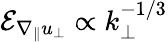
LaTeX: \mathcal{E}_{\nabla_{\| }u_{\perp}}\propto k_{\perp}^{-1/3}